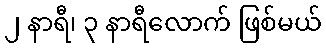
၂ နာရီ၊ ၃ နာရီလောက် ဖြစ်မယ်